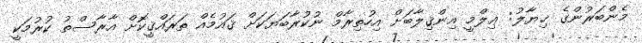
މެންބަރުންގެ ޚިޔާލު: ޢިލްމީ އިންޤިލާބަށް އިހުތިރާމް ނުކުރާބަޔަކަށް ޤައުމެއް ތަރައްޤީކޮށް އާރާސްތު ކުރުމަކީ